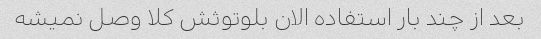
بعد از چند بار استفاده الان بلوتوثش کلا وصل نمیشه